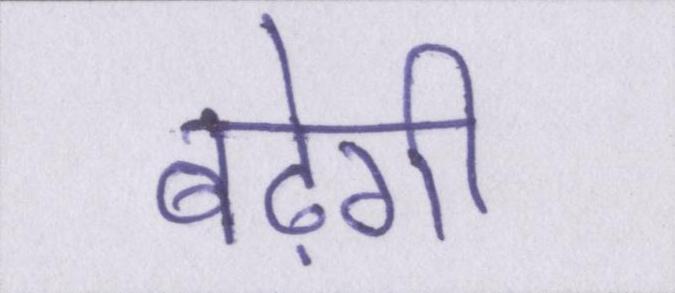
बढ़ेगी